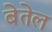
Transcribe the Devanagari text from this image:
बेतेल